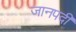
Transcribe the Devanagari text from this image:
जानपदी